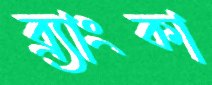
ব্র্যাংকা